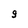
Character: 9